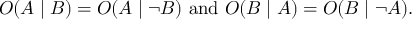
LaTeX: O ( A \mid B ) = O ( A \mid \neg B ) { \mathrm { ~ a n d ~ } } O ( B \mid A ) = O ( B \mid \neg A ) .